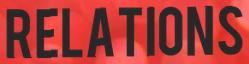
RELATIONS